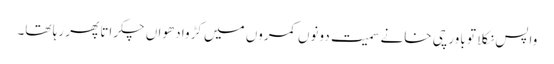
واپس نکلا تو باورچی خانے سمیت دونوں کمروں میں کڑوا دھواں چکراتا پھر رہا تھا۔